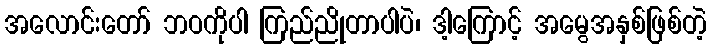
အလောင်းတော် ဘဝကိုပါ ကြည်ညိုတာပါပဲ၊ ဒါ့ကြောင့် အမွေအနှစ်ဖြစ်တဲ့